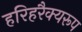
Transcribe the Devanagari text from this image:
हरिहरैक्यरूप